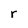
Character: r